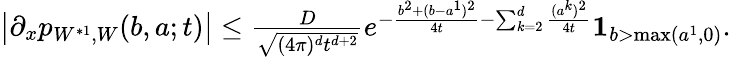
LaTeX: \begin{array}{r}{\left|\partial_{x}p_{W^{*1},W}(b,a;t)\right|\leq\frac{D}{\sqrt{(4\pi)^{d}t^{d+2}}}e^{-\frac{b^{2}+(b-a^{1})^{2}}{4t}-\sum_{k=2}^{d}\frac{(a^{k})^{2}}{4t}}{\mathbf 1}_{b>\operatorname*{max}(a^{1},0)}.}\end{array}